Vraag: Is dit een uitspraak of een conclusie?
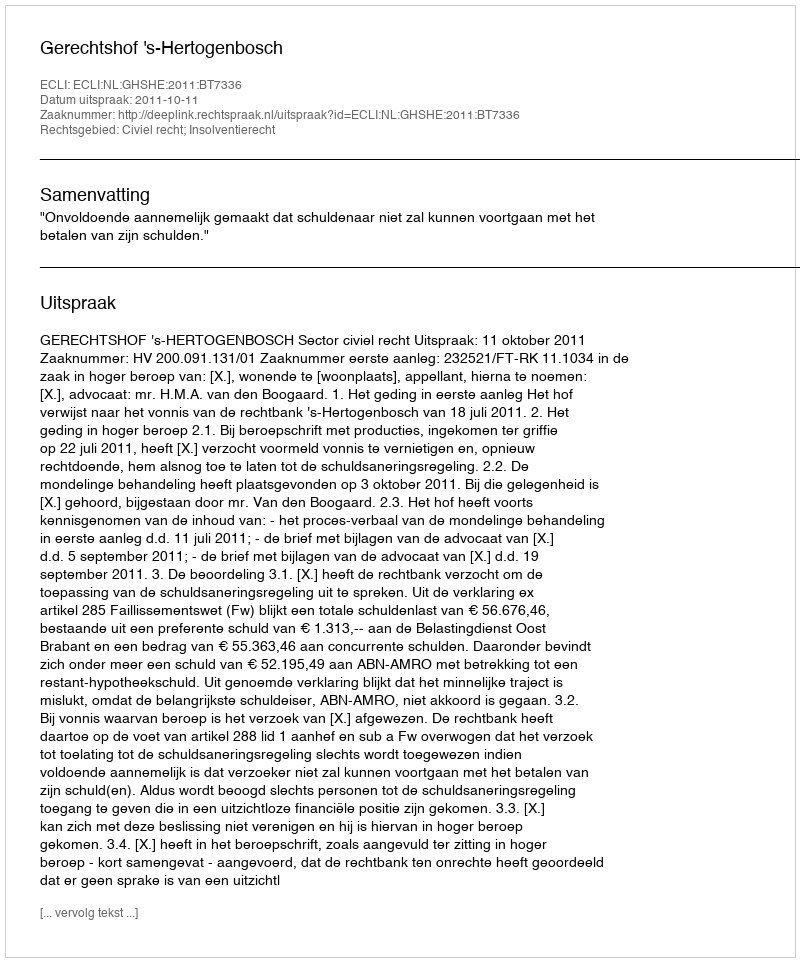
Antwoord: Uitspraak